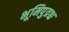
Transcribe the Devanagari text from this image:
भूमिपुत्रश्च